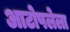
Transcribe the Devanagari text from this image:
आटोपलेला